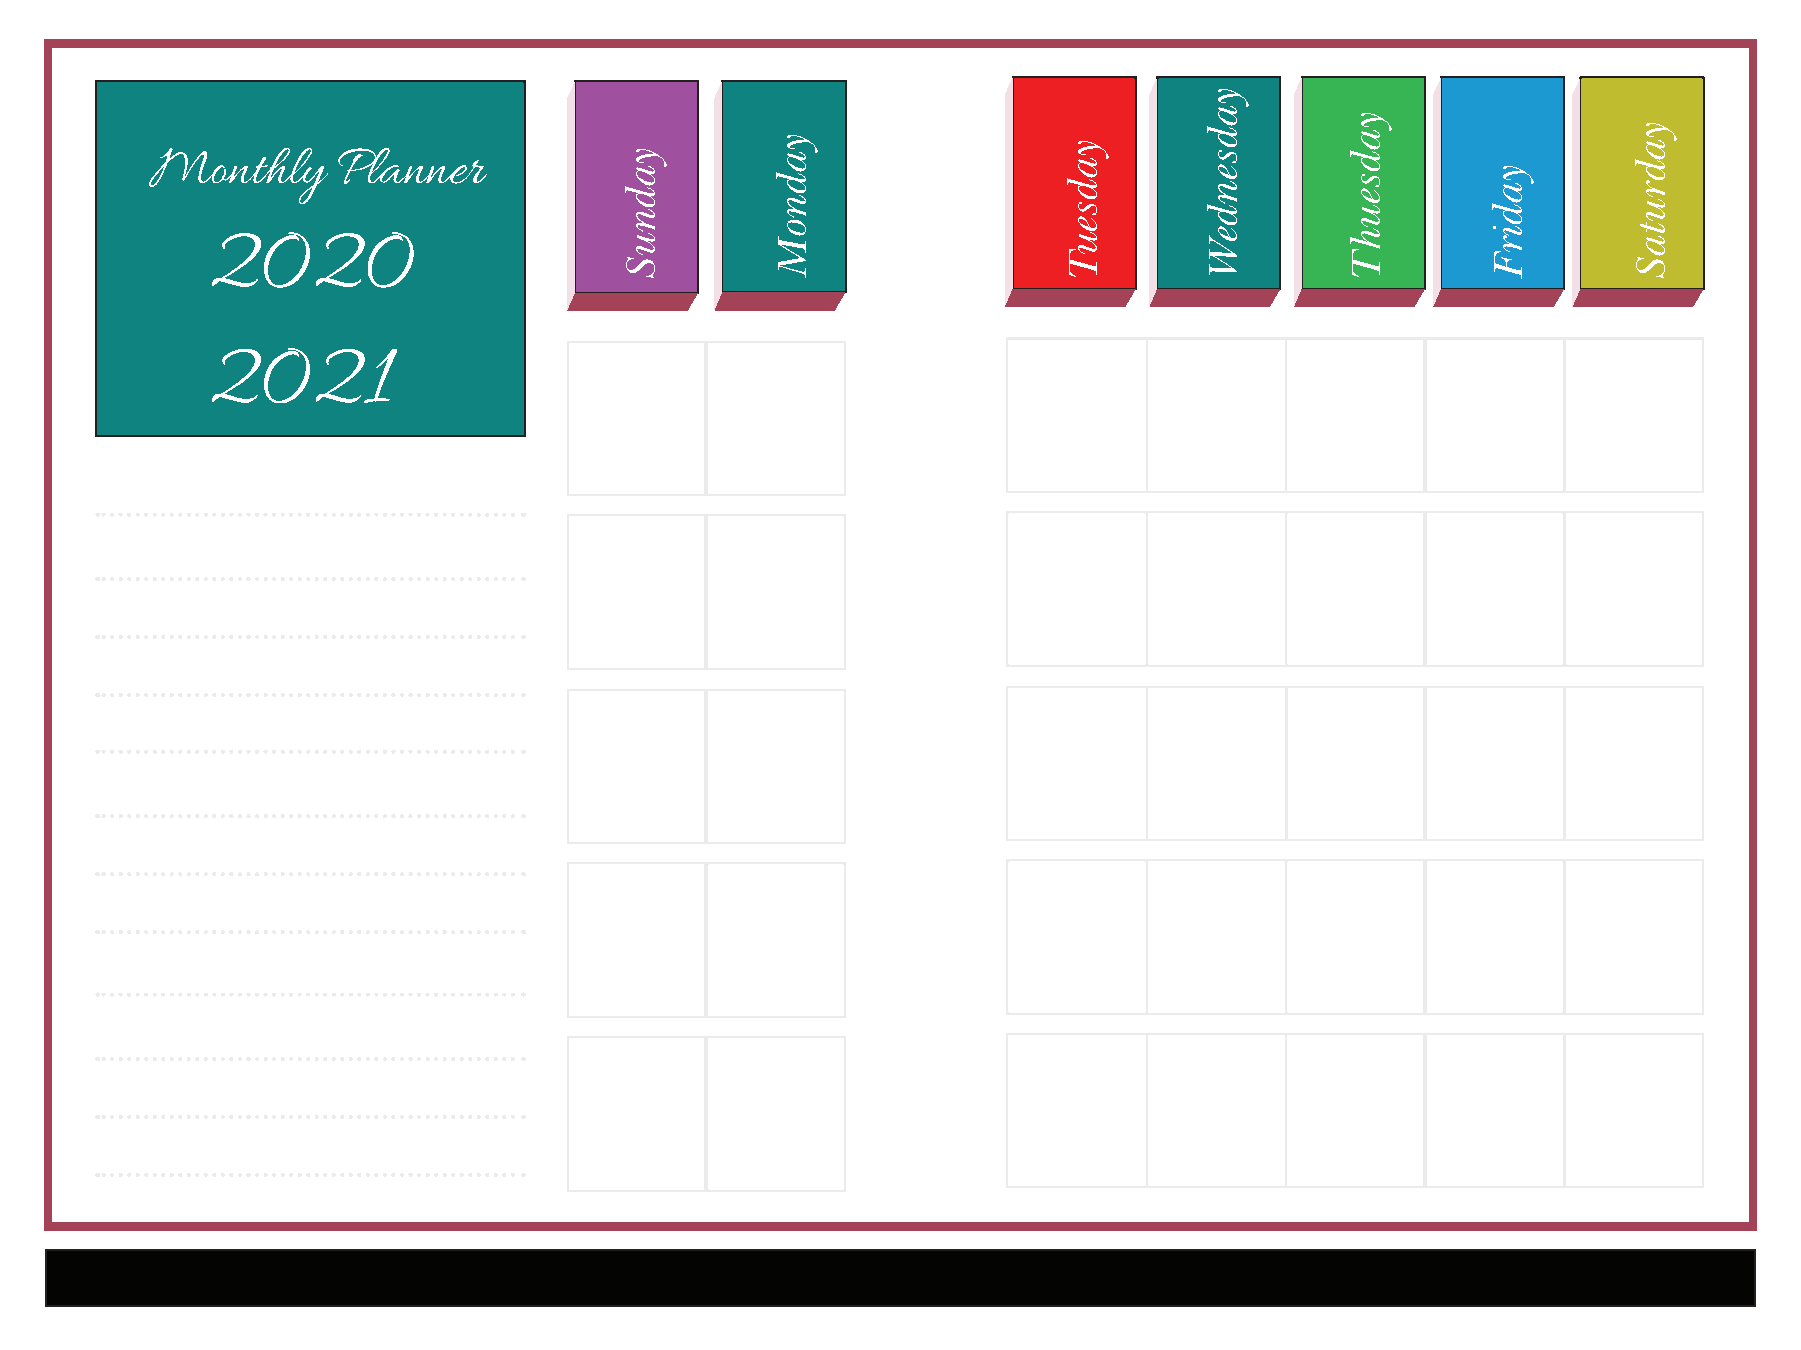
Monthly     Planner
 2020
 2021
 yadnuS
 yadnoM              yadseuT
 yadsendeW
 yadseuhT
 yadirF
 yadrutaS